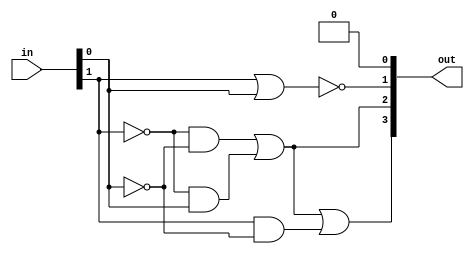
/***** Obarey Inc. *****/   
module convert_to_lt_mux( in, out );
    input[1:0] in;
    output[3:0] out;
    assign out = { (~in[1]&~in[0])|(~in[1]&in[0])|(in[1]&~in[0]), ((~in[1]&~in[0]) | (~in[1]&in[0])), ~(in[1]|in[0]), 1'b0 };
endmodule